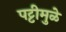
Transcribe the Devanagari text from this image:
पट्टीमुळे